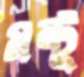
মন্টু